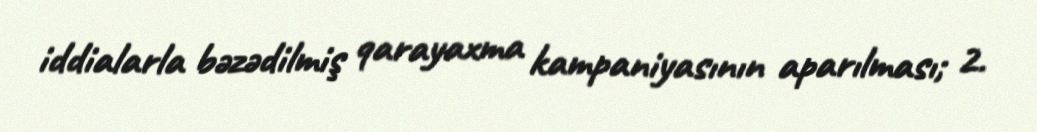
iddialarla bəzədilmiş qarayaxma kampaniyasının aparılması; 2.